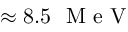
\approx 8 . 5 ~ \mathrm { ~ M ~ e ~ V ~ }